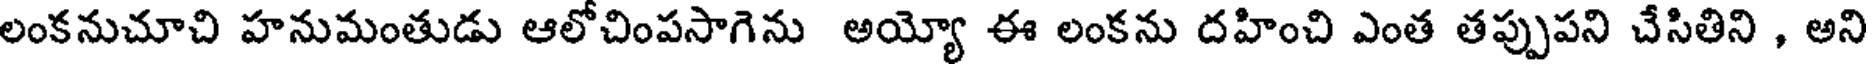
లంకనుచూచి హనుమంతుడు ఆలోచింపసాగెను అయ్యో ఈ లంకను దహించి ఎంత తప్పుపని చేసితిని , అని